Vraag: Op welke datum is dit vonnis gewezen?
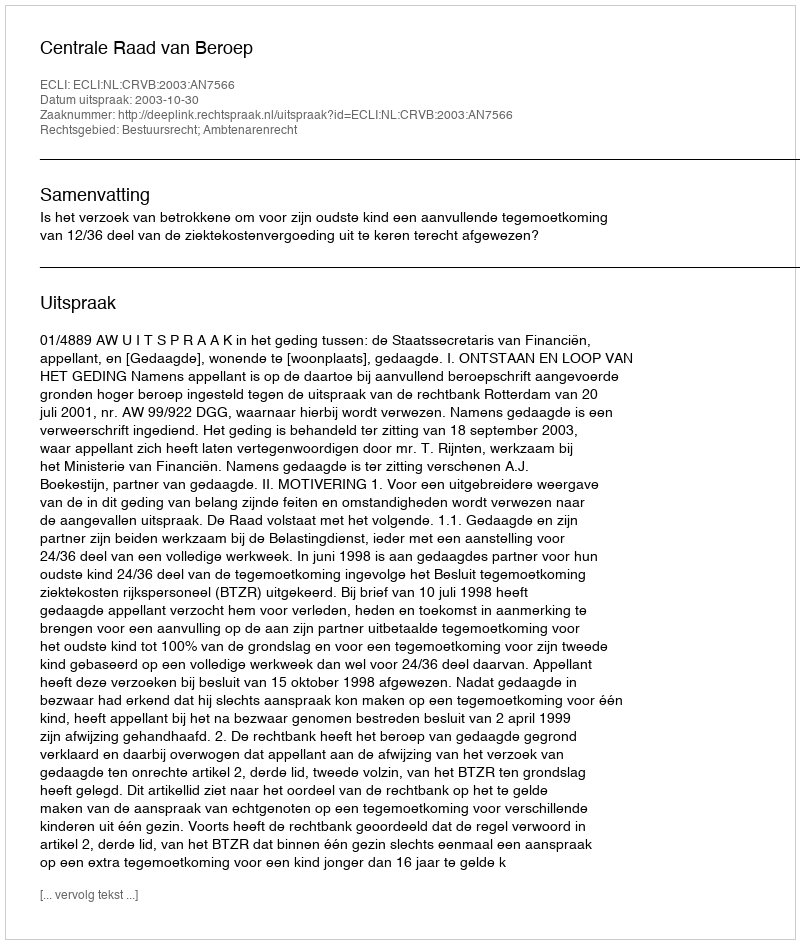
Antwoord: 2003-10-30